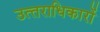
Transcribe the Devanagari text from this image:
उत्‍तराधिकारों